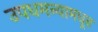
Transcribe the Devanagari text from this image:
उपधमन्यामधून